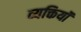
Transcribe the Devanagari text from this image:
व्यक्तियॉं